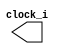
`timescale 1us/100ns
module clock_gen #(parameter CLOCK_PERIOD = 1000)
(output reg clock_i);

	initial clock_i = 0;
	always
		begin
			#(CLOCK_PERIOD/2) clock_i = ~clock_i;
		end
	endmodule